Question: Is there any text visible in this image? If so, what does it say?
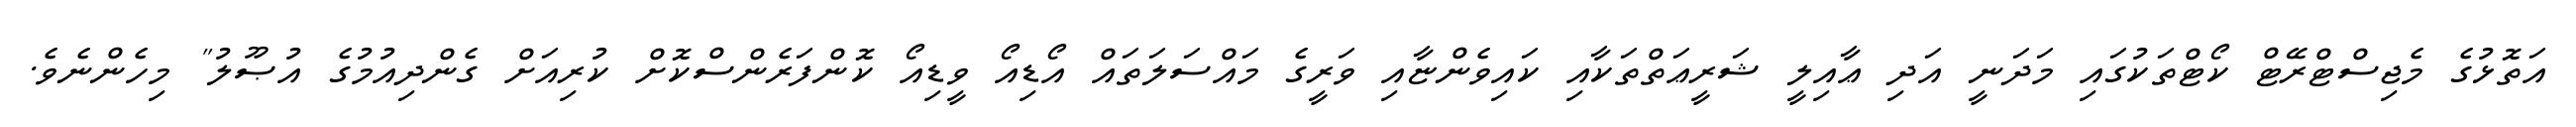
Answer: އަތޮޅުގެ މެޖިސްޓްރޭޓް ކޯޓްތަކުގައި މަދަނީ އަދި ޢާއިލީ ޝަރީޢަތްތަކާއި ކައިވެންޏާއި ވަރީގެ މައްސަލަތައް އޯޑިއޯ ވީޑިއޯ ކޮންފަރެންސްކޮށް ކުރިއަށް ގެންދިއުމުގެ އުޞޫލު" މިހެންނެވެ.